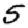
Digit: 5